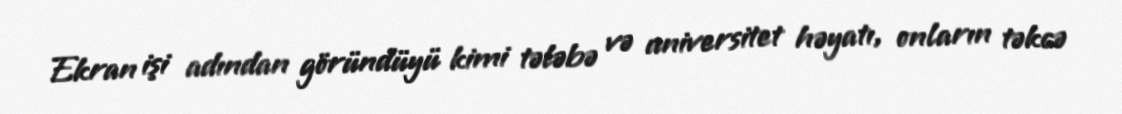
Ekran işi adından göründüyü kimi tələbə və universitet həyatı, onların təkcə